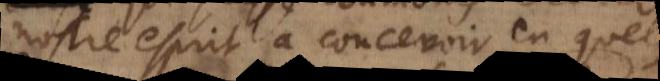
nostre esprit à concevoir en quelque